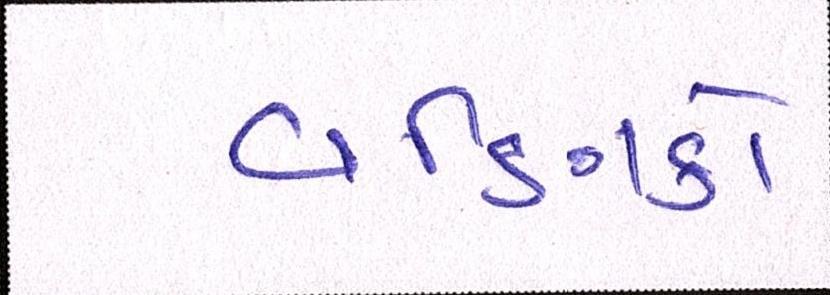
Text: વણિકો